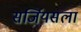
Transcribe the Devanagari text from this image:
सर्जियसला